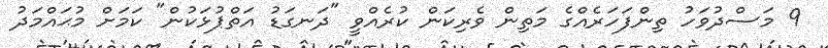
9 މަސްދުވަހު ތިންފަހަރެއްގެ މަތިން ވެރިކަން ކުރެއްވީ "ދަނގަޑު އަތްޕުޅަކުން" ކަމަށް މުޙައްމަދު